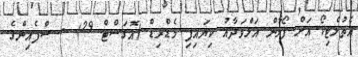
އެތުލެޓިކޯ އަށް ފޯލާން އަލްވަދާއު ކިޔައިފި މެޑްރިޑް (އޮގަސްޓް 29) - ސްޕެއިންގެ